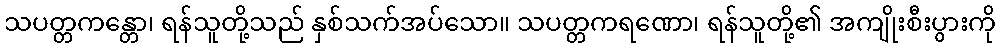
သပတ္တကန္တော၊ ရန်သူတို့သည် နှစ်သက်အပ်သော။ သပတ္တကရဏော၊ ရန်သူတို့၏ အကျိုးစီးပွားကို